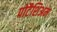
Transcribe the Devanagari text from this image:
पोटैशिअम